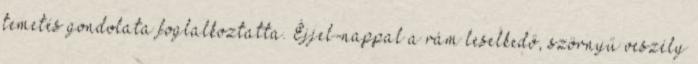
temetés gondolata foglalkoztatta. Éjjel-nappal a rám leselkedő, szörnyű veszély